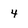
Character: 4